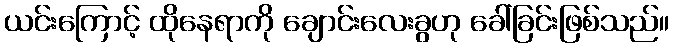
ယင်းကြောင့် ထိုနေရာကို ချောင်းလေးခွဟု ခေါ်ခြင်းဖြစ်သည်။